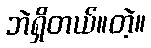
ဘဲရှိတယ်။တဲ့။